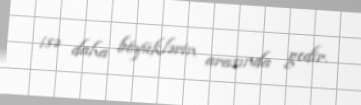
isə daha böyüklərin arasında gedir.